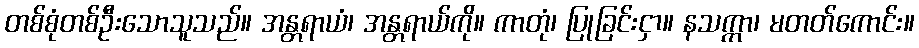
တစ်စုံတစ်ဦးသောသူသည်။ အန္တရာယံ၊ အန္တရာယ်ကို။ ကာတုံ၊ ပြုခြင်းငှာ။ နသက္ကာ၊ မတတ်ကောင်း။